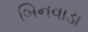
બિનવાડા